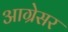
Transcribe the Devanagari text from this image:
आग्रेसर